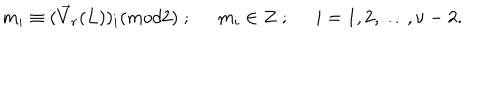
m _ { i } \equiv ( \vec { V } _ { r } ( L ) ) _ { i } ( m o d 2 ) \; ; \; \; m _ { i } \in Z \; ; \; \; i = 1 , 2 , \ldots , \nu - 2 .